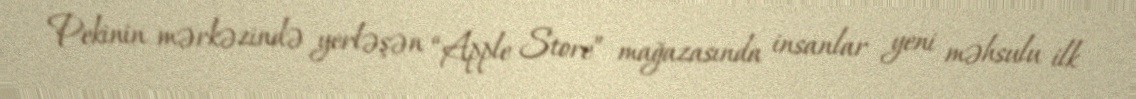
Pekinin mərkəzində yerləşən “Apple Store” mağazasında insanlar yeni məhsulu ilk